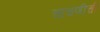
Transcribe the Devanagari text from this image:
चाचणीची